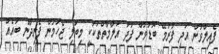
ފެއިލްވުން އަދި ފުރަމޭ ބޮޑުވުން ފަދަ އަލާމާތްތަކަކީ މިބަލި ޖެހުމުން ފެނިދާނެ ބައެއް